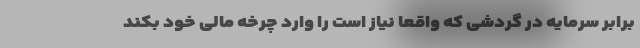
برابر سرمایه در گردشی که واقعا نیاز است را وارد چرخه مالی خود بکند